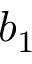
b _ { 1 }